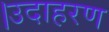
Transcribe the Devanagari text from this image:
।उदाहरण